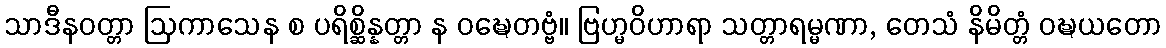
သာဒီနဝတ္တာ ဩကာသေန စ ပရိစ္ဆိန္နတ္တာ န ဝဍ္ဎေတဗ္ဗံ။ ဗြဟ္မဝိဟာရာ သတ္တာရမ္မဏာ, တေသံ နိမိတ္တံ ဝဍ္ဎယတော